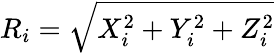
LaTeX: R_{i}=\sqrt{X_{i}^{2}+Y_{i}^{2}+Z_{i}^{2}}